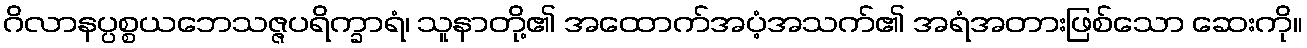
ဂိလာနပ္ပစ္စယဘေသဇ္ဇပရိက္ခာရံ၊ သူနာတို့၏ အထောက်အပံ့အသက်၏ အရံအတားဖြစ်သော ဆေးကို။